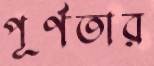
পূর্ণতার